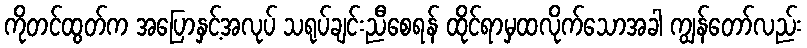
ကိုတင်ထွတ်က အပြောနှင့်အလုပ် သရုပ်ချင်းညီစေရန် ထိုင်ရာမှထလိုက်သောအခါ ကျွန်တော်လည်း